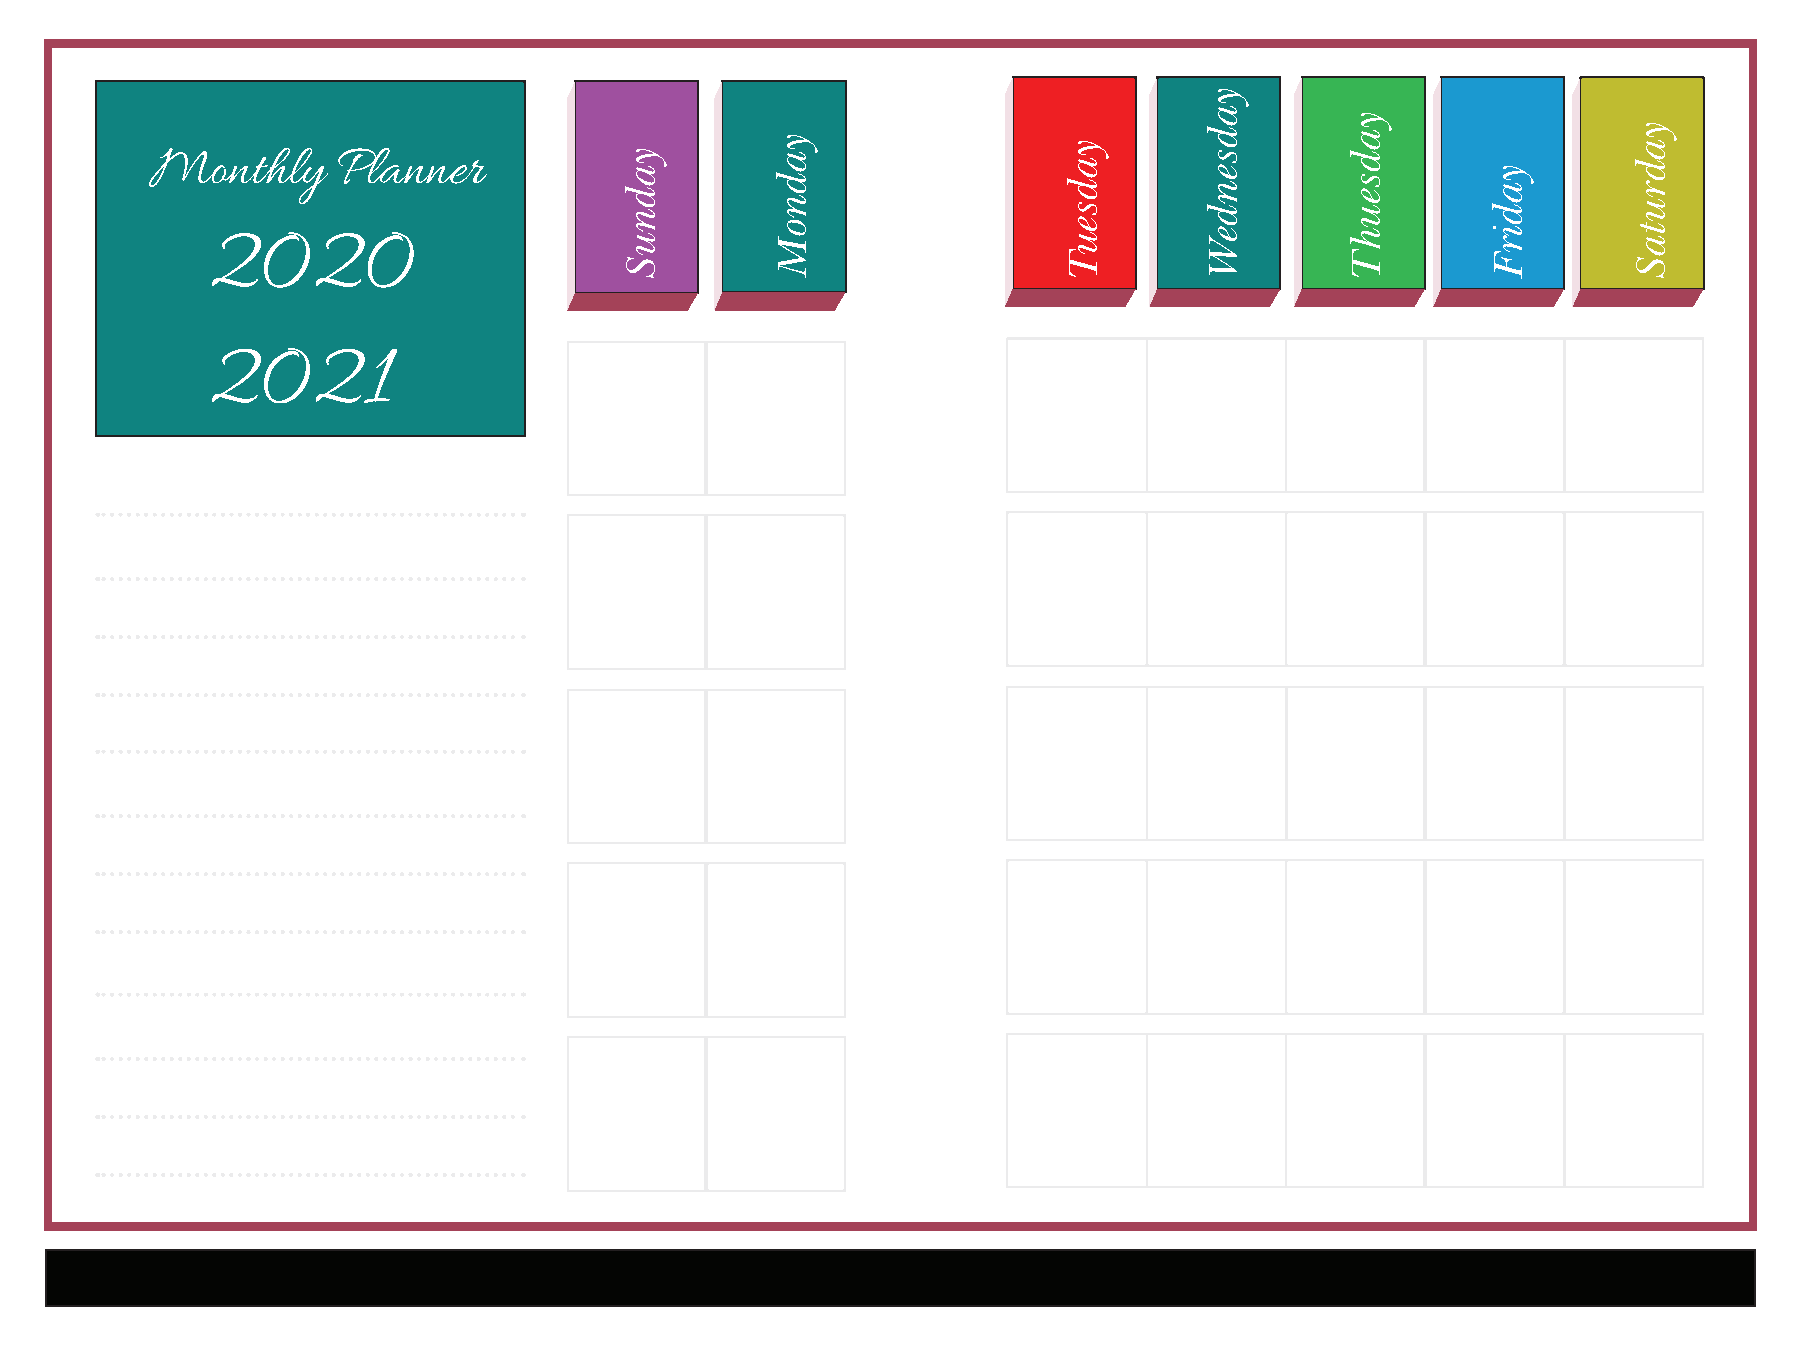
Monthly     Planner
 2020
 2021
 yadnuS
 yadnoM              yadseuT
 yadsendeW
 yadseuhT
 yadirF
 yadrutaS